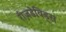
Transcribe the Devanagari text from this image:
रीज़डेविड्स